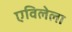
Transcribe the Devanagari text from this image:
एविलेला